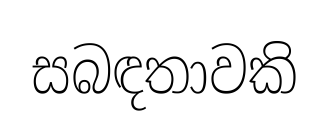
සබඳතාවකි